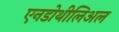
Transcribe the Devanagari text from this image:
एनडोथीलिअल